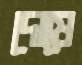
দোষে